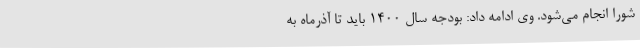
شورا انجام می‌شود. وی ادامه داد: بودجه سال 1400 باید تا آذرماه به